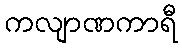
ကလျာဏကာရီ